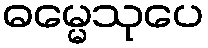
ဓမ္မေသုပေ